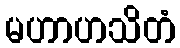
မဟာဟသိတံ